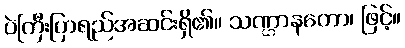
ပဲကြီးပြာရည်အဆင်းရှိ၏။ သဏ္ဌာနတော၊ ဖြင့်။